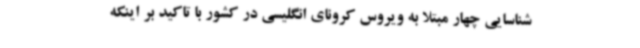
شناسایی چهار مبتلا به ویروس کرونای انگلیسی در کشور با تاکید بر اینکه